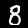
Digit: 8